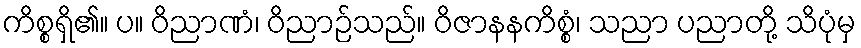
ကိစ္စရှိ၏။ ပ။ ဝိညာဏံ၊ ဝိညာဉ်သည်။ ဝိဇာနနကိစ္စံ၊ သညာ ပညာတို့ သိပုံမှ